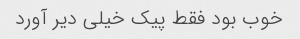
خوب بود فقط پیک خیلی دیر آورد